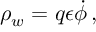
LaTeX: \rho _ { w } = q \epsilon { \dot { \phi } } \, ,